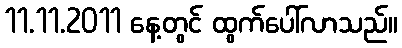
11.11.2011 နေ့တွင် ထွက်ပေါ်လာသည်။